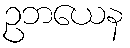
ဥဘယေန